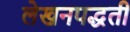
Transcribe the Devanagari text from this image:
लेखनपद्धती